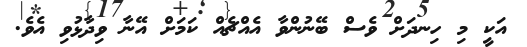
އަކީ މި ހިނދަށް ވެސް ބޭނުންވާ އެއްޗެއް ކަމަށް އޭނާ ވިދާޅުވި އެވެ.